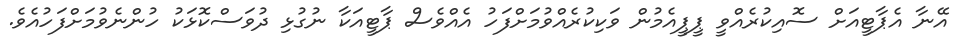
އޭނާ އެޕާޓީއަށް ސޮއިކުރެއްވީ ޕީޕީއެމުން ވަކިކުރެއްވުމަށްފަހު އެއްވެސް ޕާޓީއަކާ ނުގުޅި ދުވަސްކޮޅަކު ހުންނެވުމަށްފަހުއެވެ.